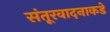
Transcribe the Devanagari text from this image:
संतूरवादनाकडे